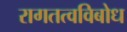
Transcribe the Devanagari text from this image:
रागतत्वविबोध